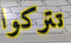
تتركوا